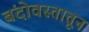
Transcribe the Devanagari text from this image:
बंदोवस्तातून